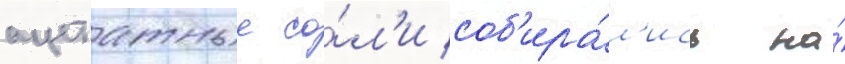
ацетатные со́л'и соб'ира́л'ись на́